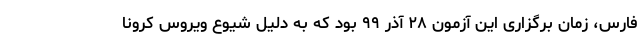
فارس، زمان برگزاری این آزمون ۲۸ آذر ۹۹ بود که به دلیل شیوع ویروس کرونا